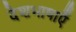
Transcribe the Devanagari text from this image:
देशभाषाएँ